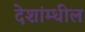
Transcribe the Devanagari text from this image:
देशांम्धील